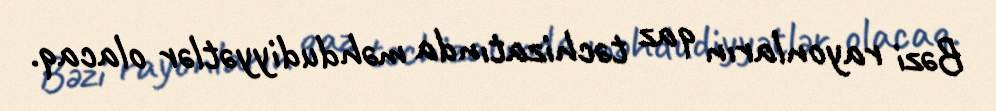
Bəzi rayonların qaz təchizatında məhdudiyyətlər olacaq.